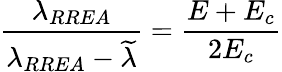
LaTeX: \frac{\lambda_{RREA}}{\lambda_{RREA}-\widetilde{\lambda}}=\frac{E+E_{c}}{2E_{c}}